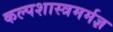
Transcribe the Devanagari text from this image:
कल्पशास्त्रमर्मज्ञ